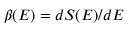
\beta ( E ) = d S ( E ) / d E